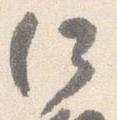
何